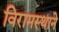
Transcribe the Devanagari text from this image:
विरामस्थाने